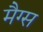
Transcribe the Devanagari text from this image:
मैग्स